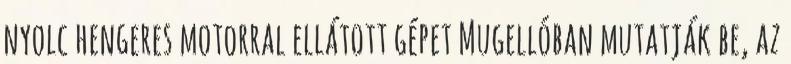
nyolc hengeres motorral ellátott gépet Mugellóban mutatják be, az